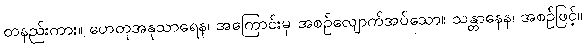
တနည်းကား။ ဟေတုအနုသာရေန၊ အကြောင်းမှ အစဉ်လျောက်အပ်သော။ သန္တာနေန၊ အစဉ်ဖြင့်။